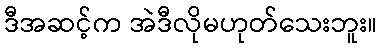
ဒီအဆင့်က အဲဒီလိုမဟုတ်သေးဘူး။